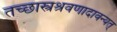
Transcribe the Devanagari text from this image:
तच्छास्त्रश्रवणादावन्यत्